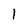
Character: 1